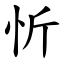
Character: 忻